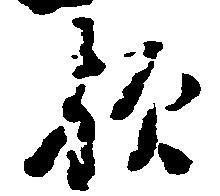
歟